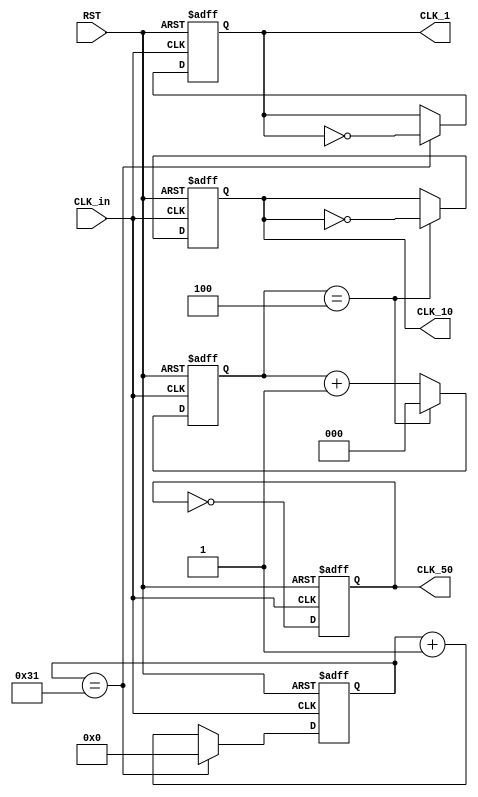
`timescale 1ns / 1ps

module freq_div(
    input CLK_in, // Input clock signal at 100MHz
    input RST,    // Active high reset signal
    output reg CLK_50,  // Output clock signal at 50MHz
    output reg CLK_10,  // Output clock signal at 10MHz
    output reg CLK_1    // Output clock signal at 1MHz
);

    // Counter for the 10MHz clock generation
    reg [2:0] cnt_10; // 3-bit counter for dividing by 10
    // Counter for the 1MHz clock generation
    reg [5:0] cnt_100; // 6-bit counter for dividing by 100

    // CLK_50 generation
    always @(posedge CLK_in or posedge RST) begin
        if (RST) begin
            // Reset condition
            CLK_50 <= 1'b0;
        end else begin
            // Toggle CLK_50 every clock cycle to divide the frequency by 2
            CLK_50 <= ~CLK_50;
        end
    end

    // CLK_10 generation
    always @(posedge CLK_in or posedge RST) begin
        if (RST) begin
            // Reset condition
            CLK_10 <= 1'b0;
            cnt_10 <= 3'd0;
        end else begin
            if (cnt_10 == 3'd4) begin
                // Toggle CLK_10 and reset the counter
                CLK_10 <= ~CLK_10;
                cnt_10 <= 3'd0;
            end else begin
                // Increment the counter
                cnt_10 <= cnt_10 + 1;
            end
        end
    end

    // CLK_1 generation
    always @(posedge CLK_in or posedge RST) begin
        if (RST) begin
            // Reset condition
            CLK_1 <= 1'b0;
            cnt_100 <= 6'd0;
        end else begin
            if (cnt_100 == 6'd49) begin
                // Toggle CLK_1 and reset the counter
                CLK_1 <= ~CLK_1;
                cnt_100 <= 6'd0;
            end else begin
                // Increment the counter
                cnt_100 <= cnt_100 + 1;
            end
        end
    end

endmodule